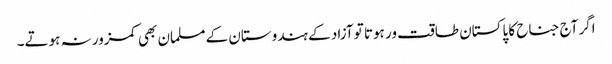
اگر آج جناح کا پاکستان طاقت ور ہوتا تو آزاد کے ہندوستان کے مسلمان بھی کمزور نہ ہوتے۔